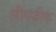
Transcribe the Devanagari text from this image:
लीपज़ीक